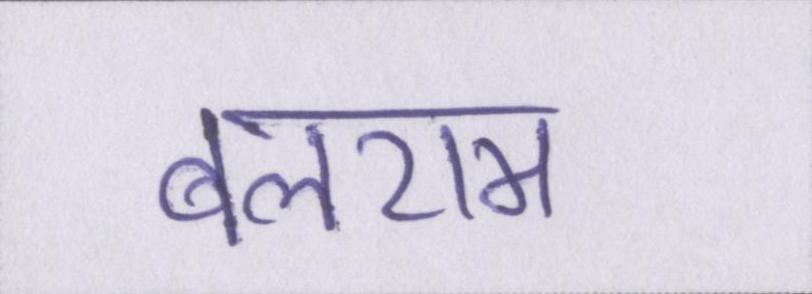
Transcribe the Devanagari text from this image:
बलराम